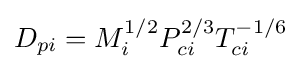
D_{pi}=M_{i}^{1/2}P_{ci}^{2/3}T_{ci}^{-1/6}